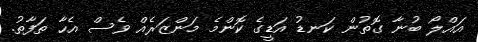
އައްލޯ ބުނާ ގޮތުން ކަނޑު އަޑީގެ ކޮންމެ މަންޒަރެއް ވެސް އެހާ ތަފާތު.